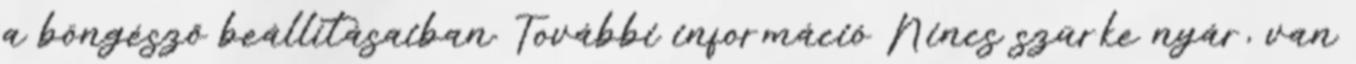
a böngésző beállításaiban. További információ Nincs szürke nyár, van